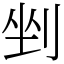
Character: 剉